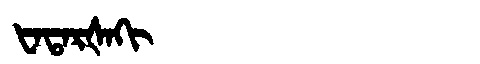
Manchu: ᡶᠠᡨᠠᡵᡧᠠᡴᡳ
Romanization: FATARŠAKI